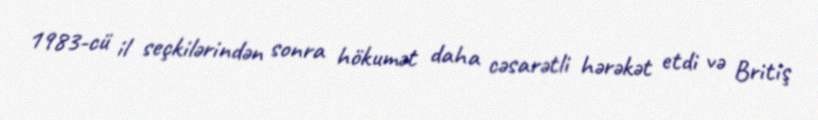
1983-cü il seçkilərindən sonra hökumət daha cəsarətli hərəkət etdi və Britiş